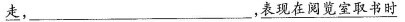
\underline{走}，___，\underline{表现在阅览室取书时}